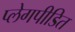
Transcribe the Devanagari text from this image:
प्लेगपीडित